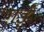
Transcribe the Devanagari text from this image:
ग़ईं